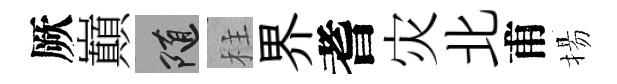
厥巔隨柱界耆灾北甫揚